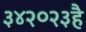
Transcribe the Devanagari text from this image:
३४२०२३है